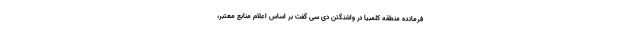
فرمانده منطقه کلمبیا در واشنگتن دی سی گفت بر اساس اعلام منابع معتبر،